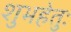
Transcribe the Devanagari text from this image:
शुभहेतुः